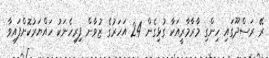
ރޭ ރަސްދޫގައި ހިންގި މާރާމާރީއަކާ ގުޅިގެން 24 އަހަރުގެ ޒުވާން ފިރިހެނަކު ހައްޔަރުކޮށްފައިވާ